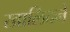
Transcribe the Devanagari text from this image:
खालिदने